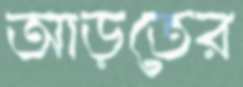
আড়তের